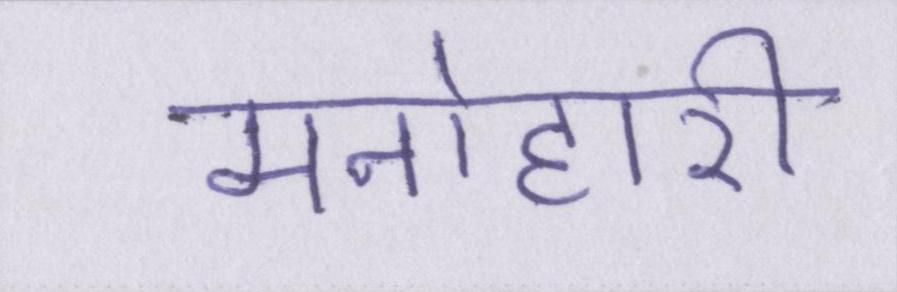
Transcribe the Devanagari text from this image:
मनोहारी